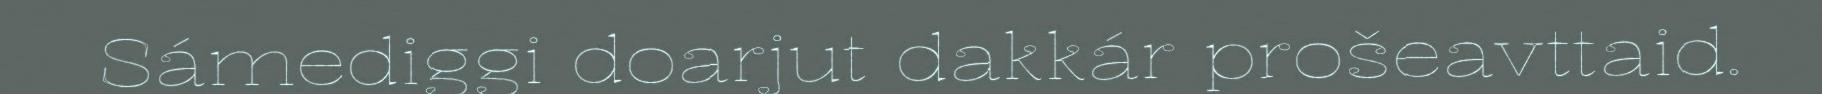
Sámediggi doarjut dakkár prošeavttaid.